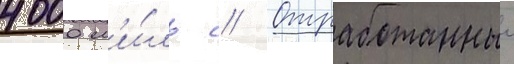
4000 м'и́ль // Отработанныи